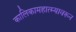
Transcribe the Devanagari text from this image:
कालिकामहात्म्यावरून